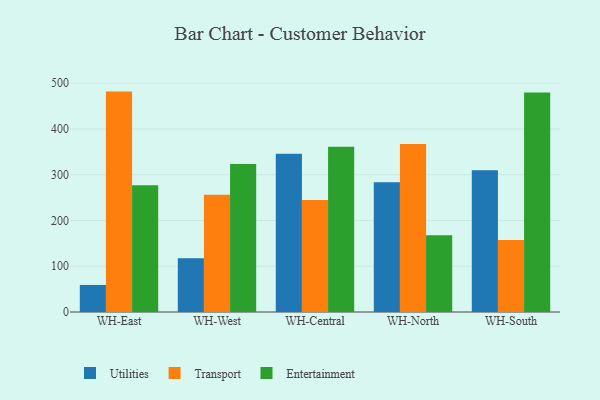
{"axis": {"x": "Warehouse", "y": "Demand Index"}, "legend": ["Entertainment", "Transport", "Utilities"], "data": [{"x": "WH-East", "y": 59.1, "type": "Utilities"}, {"x": "WH-East", "y": 481.6, "type": "Transport"}, {"x": "WH-East", "y": 276.9, "type": "Entertainment"}, {"x": "WH-West", "y": 117.2, "type": "Utilities"}, {"x": "WH-West", "y": 256.3, "type": "Transport"}, {"x": "WH-West", "y": 323.5, "type": "Entertainment"}, {"x": "WH-Central", "y": 345.7, "type": "Utilities"}, {"x": "WH-Central", "y": 244.8, "type": "Transport"}, {"x": "WH-Central", "y": 360.9, "type": "Entertainment"}, {"x": "WH-North", "y": 283.3, "type": "Utilities"}, {"x": "WH-North", "y": 367.0, "type": "Transport"}, {"x": "WH-North", "y": 167.6, "type": "Entertainment"}, {"x": "WH-South", "y": 309.9, "type": "Utilities"}, {"x": "WH-South", "y": 157.2, "type": "Transport"}, {"x": "WH-South", "y": 479.5, "type": "Entertainment"}]}